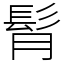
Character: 𩬏